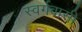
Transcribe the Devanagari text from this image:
स्‍वर्गवासी